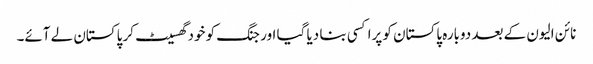
نائن الیون کے بعد دوبارہ پاکستان کو پراکسی بنا دیا گیا اور جنگ کو خود گھسیٹ کر پاکستان لے آئے۔